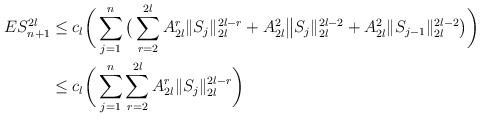
LaTeX: \begin{align*}ES_{n+1}^{2l}&\le c_l \bigg(\sum_{j=1}^n\big( \sum_{r=2}^{2l} A_{2l}^r\|S_j\|_{2l}^{2l-r}+A_{2l}^2\big \|S_j\|_{2l}^{2l-2}+ A_{2l}^2\|S_{j-1}\|_{2l}^{2l-2}\big) \bigg)\\&\le c_l \bigg(\sum_{j=1}^n\sum_{r=2}^{2l} A_{2l}^r \|S_j\|_{2l}^{2l-r} \bigg)\end{align*}